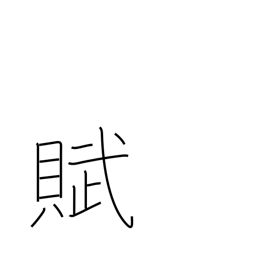
Meaning: prose